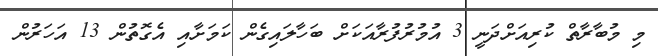
މި މުބާރާތް ކުރިއަށްދަނީ 3 އުމުރުފުރާއަކަށް ބަހާލައިގެން ކަމަށާއި އެގޮތުން 13 އަހަރުން